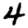
Digit: 4